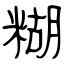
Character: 糊